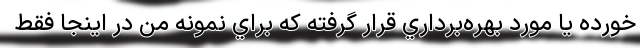
خورده يا مورد بهره‌برداري قرار گرفته كه براي نمونه من در اينجا فقط